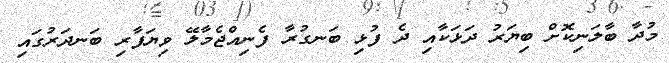
މުދާ ބާލަނިކޮށް ބިޔަރު ދަޅަކާއި ދެ ފުޅި ބަނގުރާ ފެނިއްޖެމާލޭ ވިޔަފާރި ބަނދަރުގައި